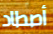
أصطاد